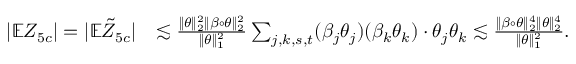
\begin{array} { r l } { | \mathbb { E } Z _ { 5 c } | = | \mathbb { E } \tilde { Z } _ { 5 c } | } & { \lesssim \frac { \| \theta \| _ { 2 } ^ { 2 } \| \beta \circ \theta \| _ { 2 } ^ { 2 } } { \| \theta \| _ { 1 } ^ { 2 } } \sum _ { j , k , s , t } ( \beta _ { j } \theta _ { j } ) ( \beta _ { k } \theta _ { k } ) \cdot \theta _ { j } \theta _ { k } \lesssim \frac { \| \beta \circ \theta \| _ { 2 } ^ { 4 } \| \theta \| _ { 2 } ^ { 4 } } { \| \theta \| _ { 1 } ^ { 2 } } . } \end{array}